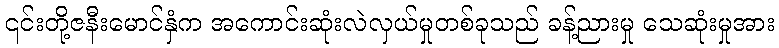
၎င်းတို့ဇနီးမောင်နှံက အကောင်းဆုံးလဲလှယ်မှုတစ်ခုသည် ခန့်ညားမှု သေဆုံးမှုအား